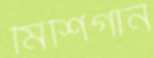
মিশিগান